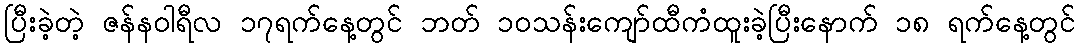
ပြီးခဲ့တဲ့ ဇန်န၀ါရီလ ၁၇ရက်နေ့တွင် ဘတ် ၁၀သန်းကျော်ထီကံထူးခဲ့ပြီးနောက် ၁၈ ရက်နေ့တွင်